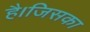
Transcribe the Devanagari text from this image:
है।जिसका